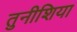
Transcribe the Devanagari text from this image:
तुनीशिया